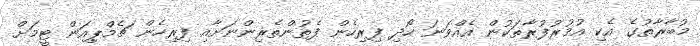
މުބާރާތުގެ އެކި އުމުރުފުރާތަކުން އެއްވަނަ ހޯދި ފިރިހެން ފެތުންތެރިންނަށާއި ފިރިހެން ޗެމްޕިއަން ޓީމަށް